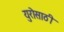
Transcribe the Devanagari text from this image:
युरोसाठी